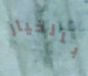
بالخيار